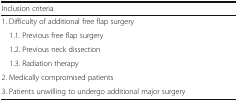
<table><thead><tr><td><b>Inclusion criteria</b></td></tr></thead><tbody><tr><td>1. Difficulty of additional free flap surgery</td></tr><tr><td> 1.1. Previous free flap surgery</td></tr><tr><td> 1.2. Previous neck dissection</td></tr><tr><td> 1.3. Radiation therapy</td></tr><tr><td>2. Medically compromised patients</td></tr><tr><td>3. Patients unwilling to undergo additional major surgery</td></tr></tbody></table>